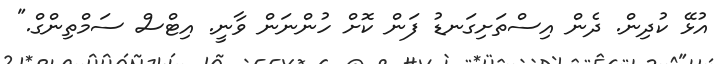
އުޅޭ ކުދިން. ދެން އިސްތަށިގަނޑު ފަން ކޮށް ހުންނަން ވާނީ. އިޓްސް ސަމްތިންގް."